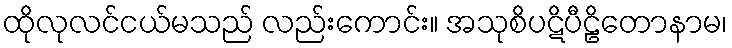
ထိုလုလင်ငယ်မသည် လည်းကောင်း။ အသုစိပဋိပီဠိတောနာမ၊